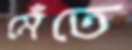
মেঁতে